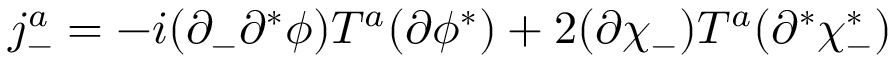
j _ { - } ^ { a } = - i ( \partial _ { - } \partial ^ { * } \phi ) T ^ { a } ( \partial \phi ^ { * } ) + 2 ( \partial \chi _ { - } ) T ^ { a } ( \partial ^ { * } \chi _ { - } ^ { * } )